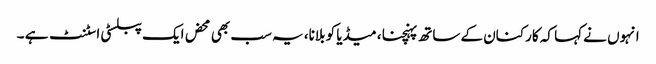
انہوں نے کہا کہ کارکنان کے ساتھ پہنچنا ، میڈیا کو بلانا، یہ سب بھی محض ایک پبلسٹی اسٹنٹ ہے ۔